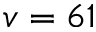
v = 6 1